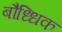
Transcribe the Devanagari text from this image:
बौध्धिक